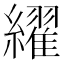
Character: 䌦